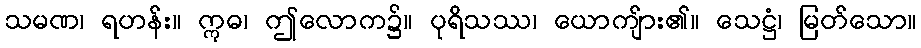
သမဏ၊ ရဟန်း။ ဣဓ၊ ဤလောက၌။ ပုရိသဿ၊ ယောကျ်ား၏။ သေဋ္ဌံ၊ မြတ်သော။